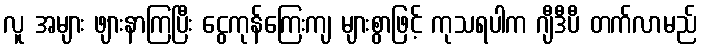
လူ အများ ဖျားနာကြပြီး ငွေကုန်ကြေးကျ များစွာဖြင့် ကုသရပါက ဂျီဒီပီ တက်လာမည်